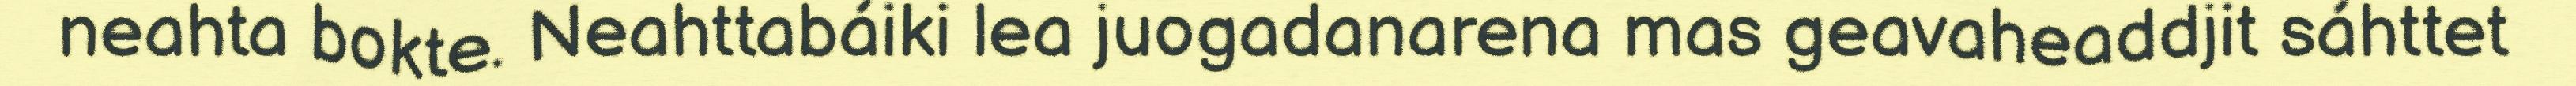
neahta bokte. Neahttabáiki lea juogadanarena mas geavaheaddjit sáhttet